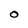
Character: O